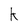
Character: k